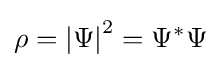
\rho =\left|\Psi \right|^{2}=\Psi ^{*}\Psi